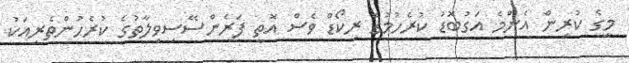
މީގެ ކުރިން އެންމެ އަގުބޮޑު ކުރެހުމުގެ ރިކޯޑް ވެސް އޮތީ ފަރެންސޭސިވިލާތުގެ ކުރެހުންތެރިއަކު